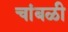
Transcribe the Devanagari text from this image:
चांबळी